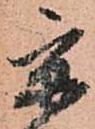
京